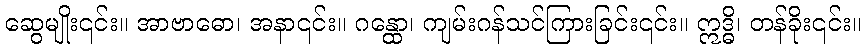
ဆွေမျိုး၎င်း။ အာဗာဓော၊ အနာ၎င်း။ ဂန္ထော၊ ကျမ်းဂန်သင်ကြားခြင်း၎င်း။ ဣဒ္ဓိ၊ တန်ခိုး၎င်း။